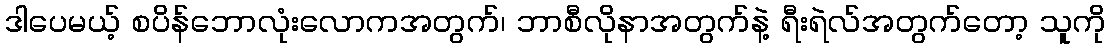
ဒါပေမယ့် စပိန်ဘောလုံးလောကအတွက်၊ ဘာစီလိုနာအတွက်နဲ့ ရီးရဲလ်အတွက်တော့ သူကို